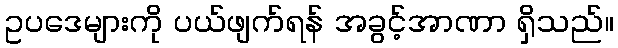
ဥပဒေများကို ပယ်ဖျက်ရန် အခွင့်အာဏာ ရှိသည်။